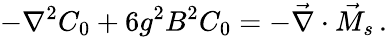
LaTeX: -\nabla^{2}C_{0}+6g^{2}B^{2}C_{0}=-\vec{\nabla}\cdot\vec{M}_{s}\, .